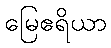
မြေဧရိယာ